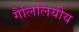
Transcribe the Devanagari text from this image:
गैलिलियीय